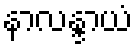
နာလန္ဒာယံ